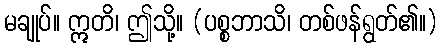
မချုပ်။ ဣတိ၊ ဤသို့။ (ပစ္စဘာသိ၊ တစ်ဖန်ရွတ်၏။)